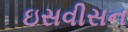
ઇસવીસન